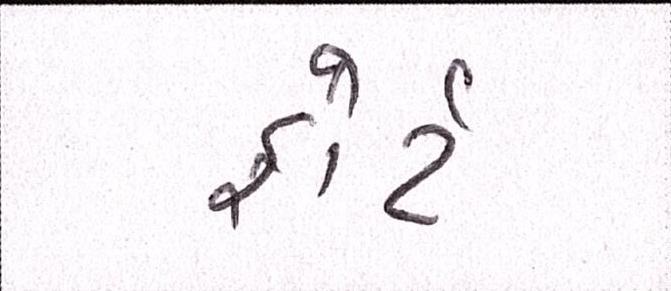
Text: ફોર્ટ